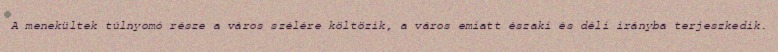
A menekültek túlnyomó része a város szélére költözik, a város emiatt északi és déli irányba terjeszkedik.